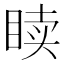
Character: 𬑙